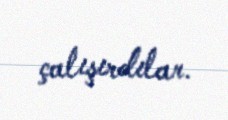
çalışırdılar.